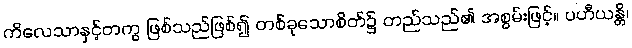
ကိလေသာနှင့်တကွ ဖြစ်သည်ဖြစ်၍ တစ်ခုသောစိတ်၌ တည်သည်၏ အစွမ်းဖြင့်။ ပဟီယန္တိ၊